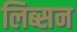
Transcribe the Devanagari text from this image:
लिब्सन